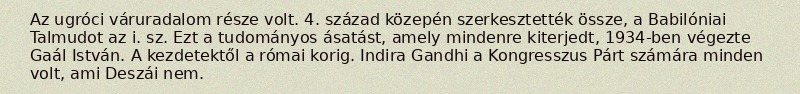
Az ugróci váruradalom része volt. 4. század közepén szerkesztették össze, a Babilóniai Talmudot az i. sz. Ezt a tudományos ásatást, amely mindenre kiterjedt, 1934-ben végezte Gaál István. A kezdetektől a római korig. Indira Gandhi a Kongresszus Párt számára minden volt, ami Deszái nem.